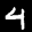
Label: 4